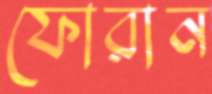
ফোরান